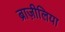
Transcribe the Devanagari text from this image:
ब्राज़ीलिया